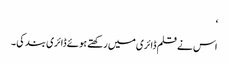
‘
اس نے قلم ڈائری میں رکھتے ہوئے ڈائری بند کی ۔